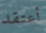
أعتقد